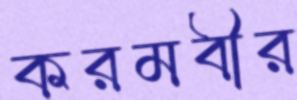
করমবীর